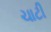
ચાટી